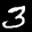
Label: 3